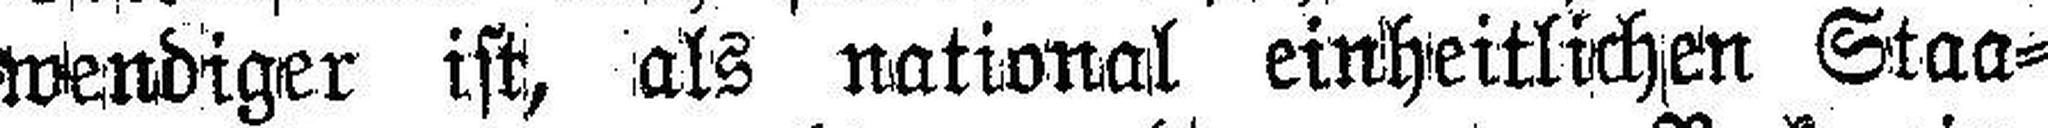
wendiger ist, als national einheitlichen Staa¬